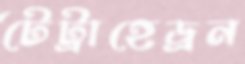
টেট্রাহেড্রন